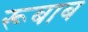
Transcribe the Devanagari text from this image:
रूबाब